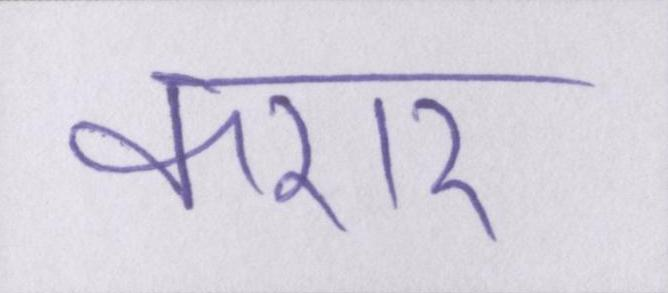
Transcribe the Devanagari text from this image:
करार